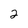
Character: 2